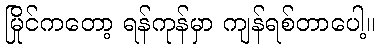
မြိုင်ကတော့ ရန်ကုန်မှာ ကျန်ရစ်တာပေါ့။